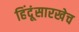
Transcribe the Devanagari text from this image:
हिंदूंसारखेच